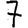
Digit: 7